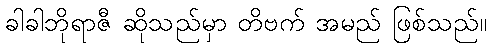
ခါခါဘိုရာဇီ ဆိုသည်မှာ တိဗက် အမည် ဖြစ်သည်။